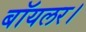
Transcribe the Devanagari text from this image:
बॉयलर।